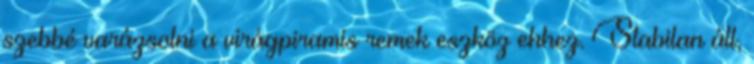
szebbé varázsolni a virágpiramis remek eszköz ehhez. Stabilan áll,